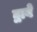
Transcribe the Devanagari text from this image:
द्वाबे